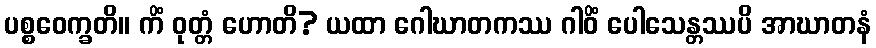
ပစ္စဝေက္ခတိ။ ကိံ ဝုတ္တံ ဟောတိ? ယထာ ဂေါဃာတကဿ ဂါဝိံ ပေါသေန္တဿပိ အာဃာတနံ